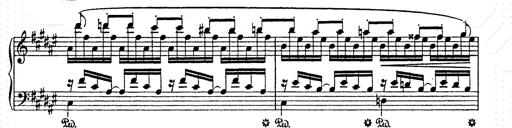
Title: AnnÃ©es de pÃ¨lerinage II
Composer: Franz Liszt